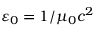
\varepsilon _ { 0 } = 1 / \mu _ { 0 } c ^ { 2 }